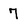
Character: 7